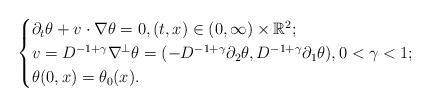
LaTeX: \begin{align*}\begin{cases}\partial_t \theta + v \cdot \nabla \theta =0, (t,x) \in (0,\infty) \times \mathbb R^2;\\v = D^{-1+\gamma} \nabla^{\perp} \theta=(-D^{-1+\gamma} \partial_2 \theta,D^{-1+\gamma} \partial_1 \theta), 0<\gamma<1;\\\theta(0,x)= \theta_0(x).\end{cases}\end{align*}